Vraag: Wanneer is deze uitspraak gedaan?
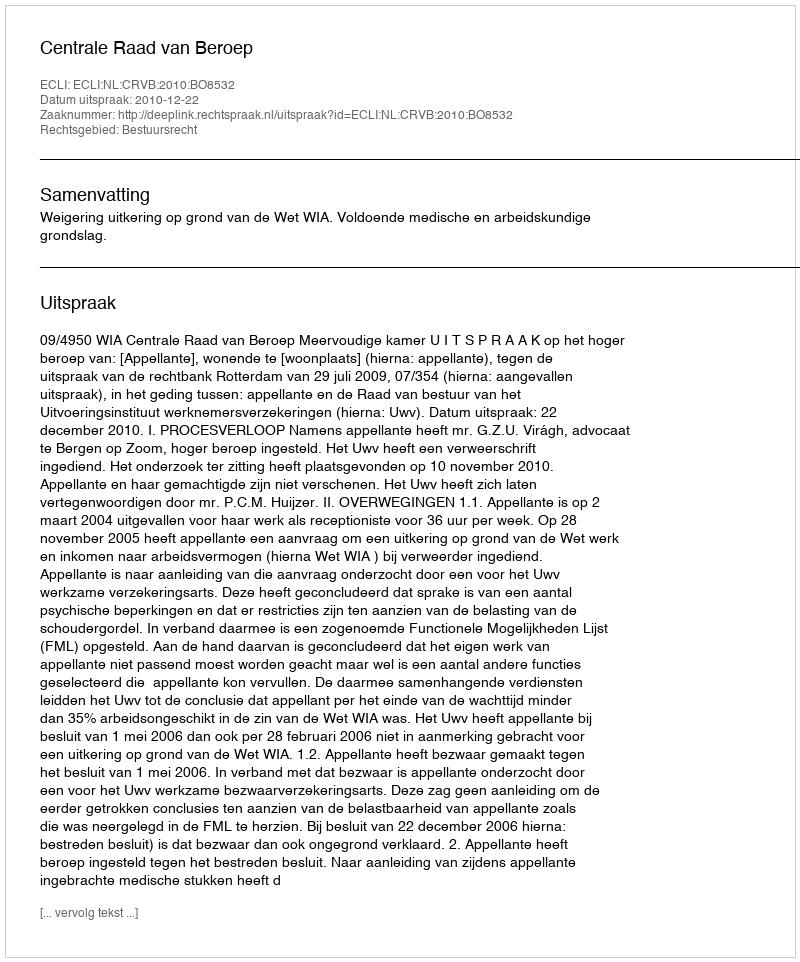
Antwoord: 2010-12-22